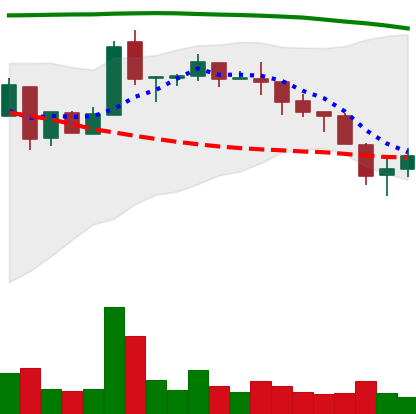
Ticker: NEO-USD
Chart end date: 2018-05-13
Forward return: -11.923%
Label: down_7plus